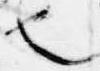
也